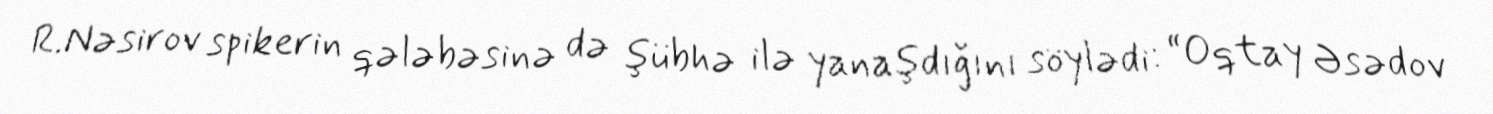
R.Nəsirov spikerin qələbəsinə də şübhə ilə yanaşdığını söylədi: “Oqtay Əsədov